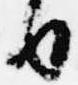
日